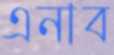
এনাব